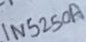
Text: 1N5250A